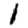
Digit: 1